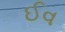
ઈવ